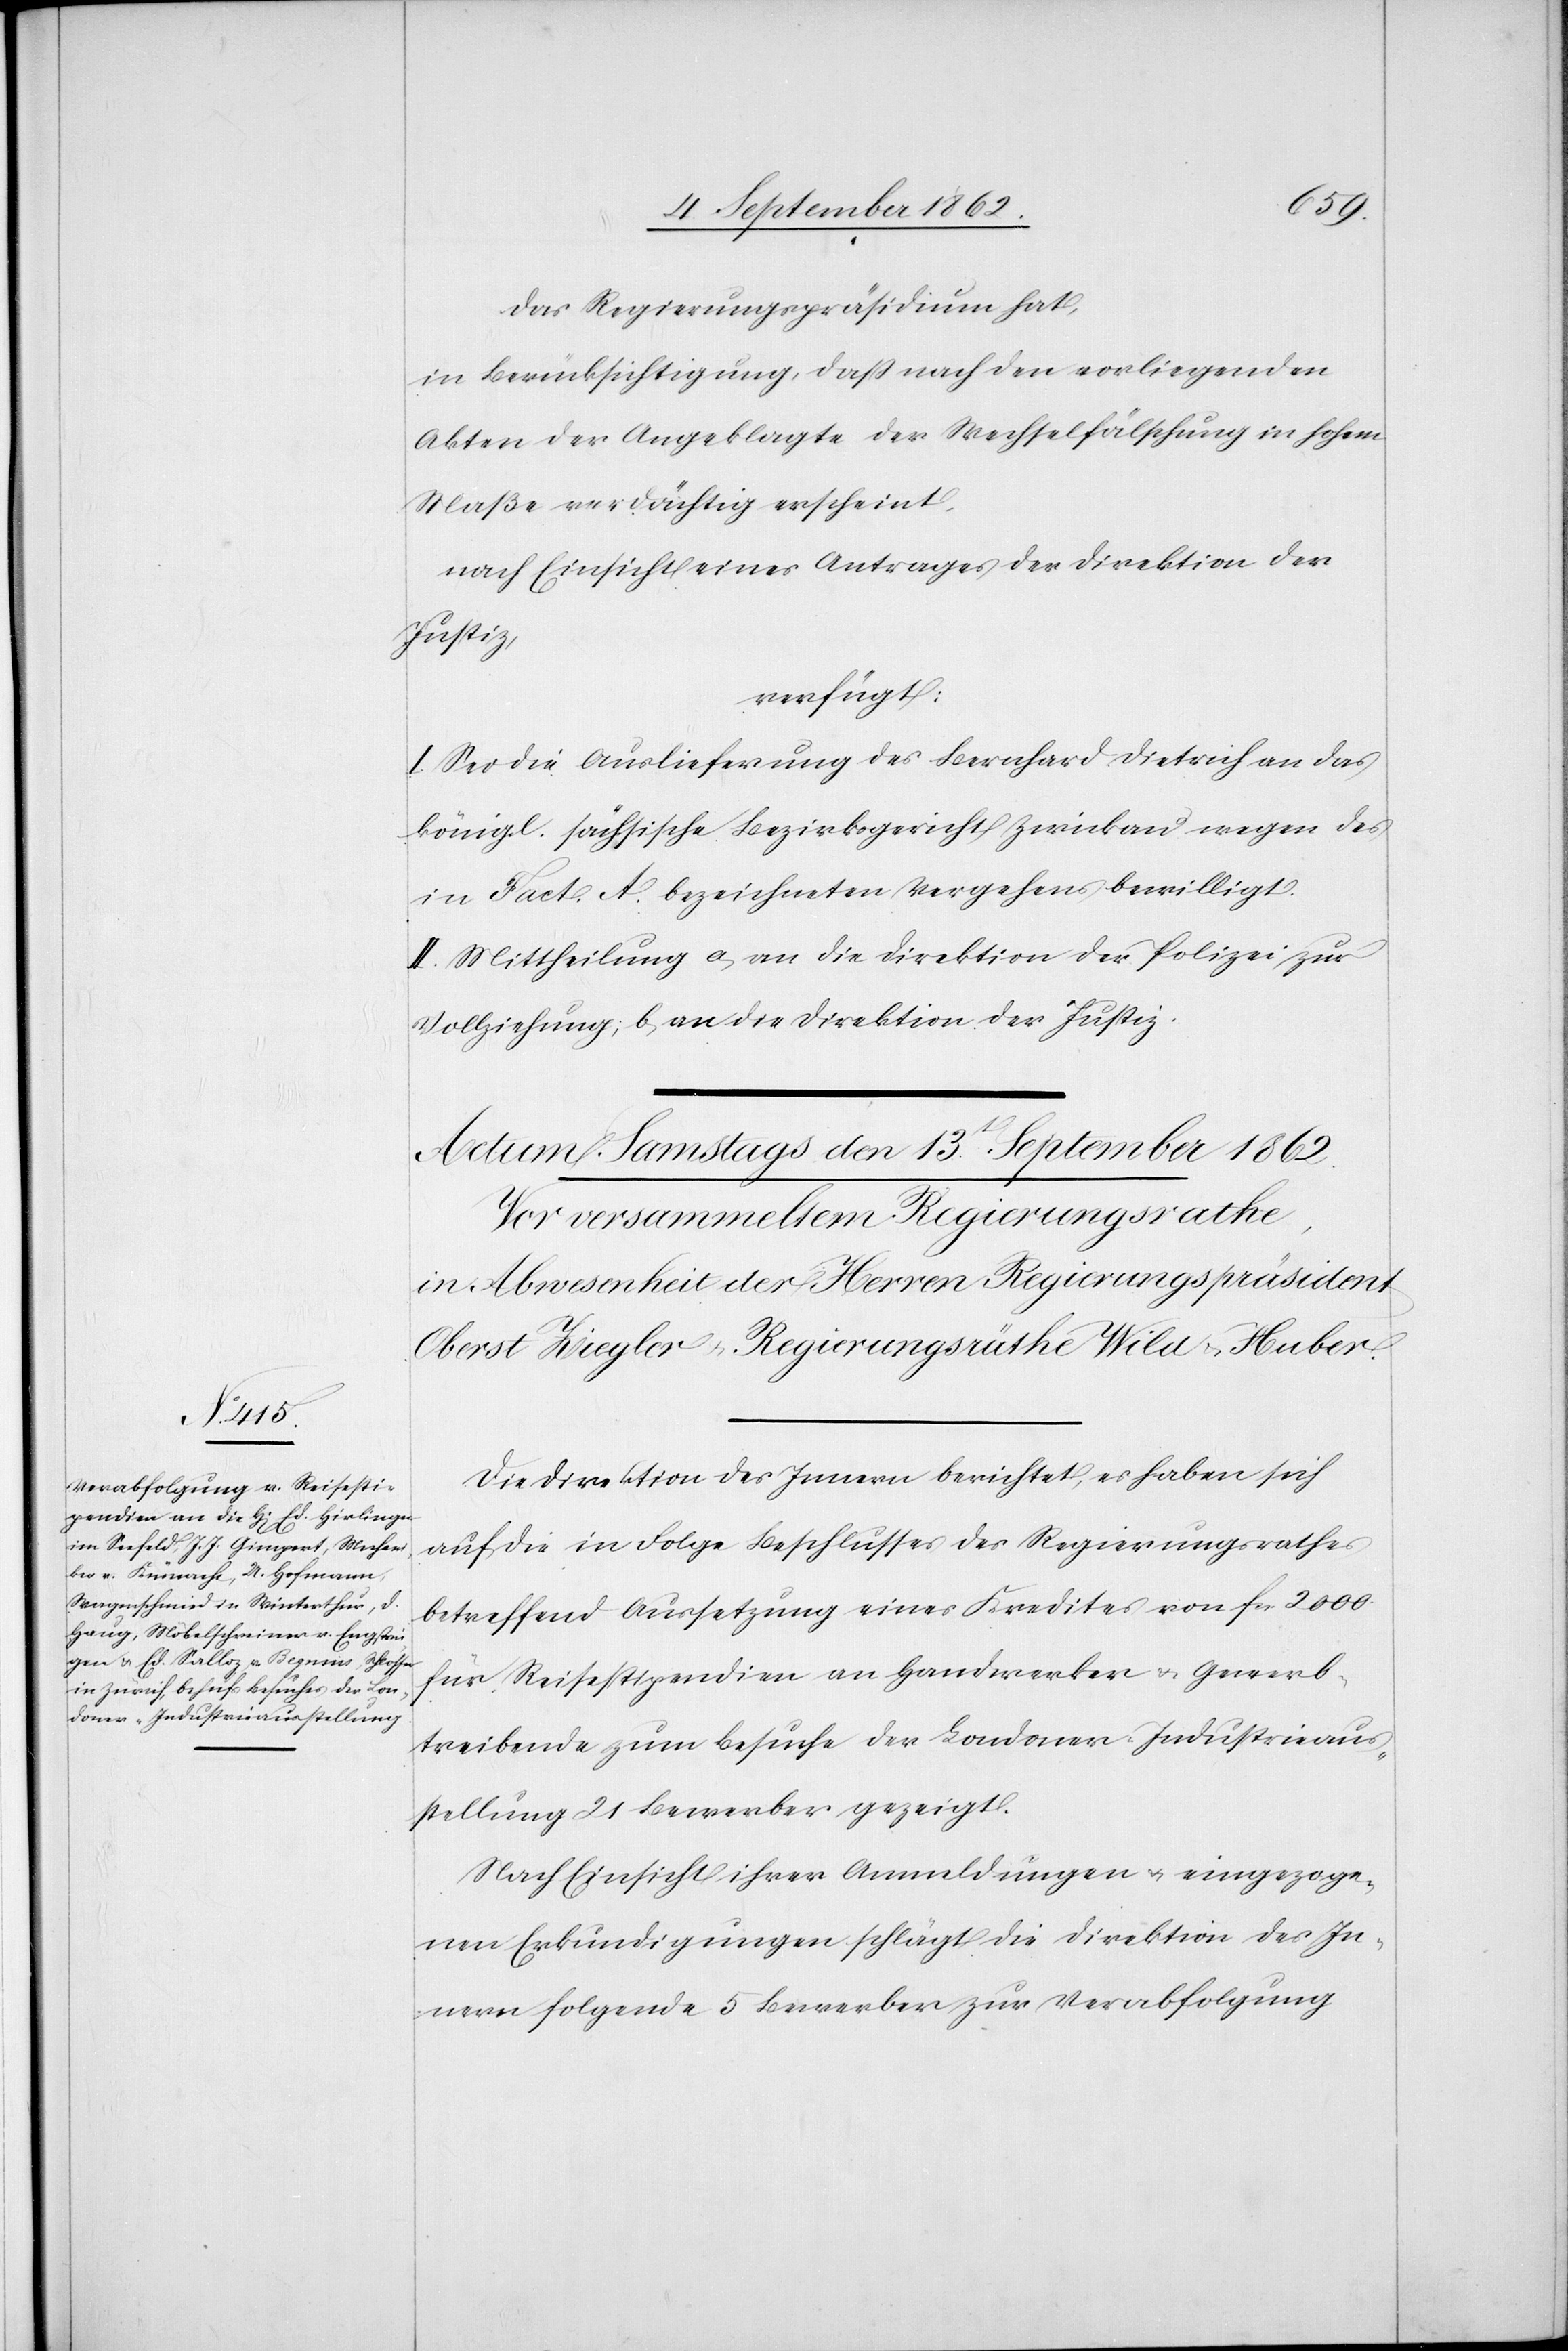
das Regierungspräsidium hat,
in Berücksichtigung, daß nach den vorliegenden
Akten der Angeklagte der Wechselfälschung in hohem
Maße verdächtig erscheint,
nach Einsicht eines Antrages der Direktion der
Justiz,
verfügt:
I. Sei die Auslieferung des Bernhard Dietrich an das
königl. sächsische Bezirksgericht Zwickau wegen des
in Fact. A. bezeichneten Vergehens bewilligt.
II. Mittheilung a. an die Direktion der Polizei zur
Vollziehung; b. an die Direktion der Justiz.
Die Direktion des Innern berichtet, es haben sich
auf die in Folge Beschlusses des Regierungsrathes
betreffend Aussetzung eines Kredites von fcs. 2000
für Reisestipendien an Handwerker u. Gewerb¬
treibende zum Besuche der Londoner-Industrieaus¬
stellung 21 Bewerber gezeigt.
Nach Einsicht ihrer Anmeldungen u. eingezoge¬
nen Erkundigungen schlägt die Direktion des In¬
nern folgende 5 Bewerber zur Verabfolgung